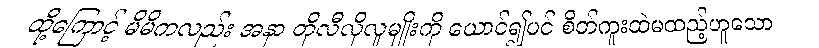
ထို့ကြောင့် မိမိကလည်း အနာ တိုလီလိုလူမျိုးကို ယောင်၍ပင် စိတ်ကူးထဲမထည့်ဟူသော